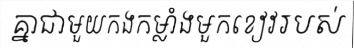
គ្នាជាមួយកងកម្លាំងមួកខៀវរបស់